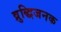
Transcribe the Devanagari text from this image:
व्रुद्धिजनक